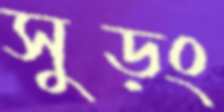
সুড়ং